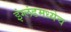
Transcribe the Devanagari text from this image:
इंग्लंडमध्येच